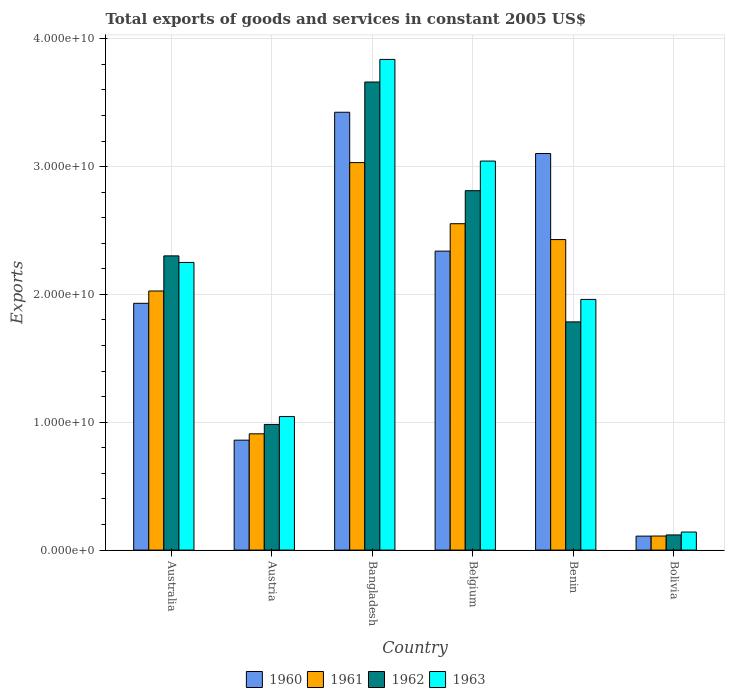
| Country | 1960 | 1961 | 1962 | 1963 |
 | --- | --- | --- | --- | --- |
 | Australia | 1.93e+10 | 2.03e+10 | 2.3e+10 | 2.25e+10 |
 | Austria | 8.6e+09 | 9.1e+09 | 9.83e+09 | 1.04e+10 |
 | Bangladesh | 3.42e+10 | 3.03e+10 | 3.66e+10 | 3.84e+10 |
 | Belgium | 2.34e+10 | 2.55e+10 | 2.81e+10 | 3.04e+10 |
 | Benin | 3.1e+10 | 2.43e+10 | 1.79e+10 | 1.96e+10 |
 | Bolivia | 1.09e+09 | 1.1e+09 | 1.19e+09 | 1.41e+09 |